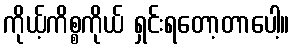
ကိုယ့်ကိစ္စကိုယ် ရှင်းရတော့တာပေါ့။